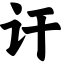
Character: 讦